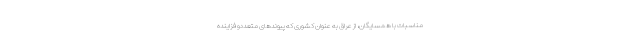
مناسبات با همسایگان، از عراق به عنوان کشوری که پیوندهای متعددو فزاینده